Vabadussoja_Ajaloo_Komitee, lk 14
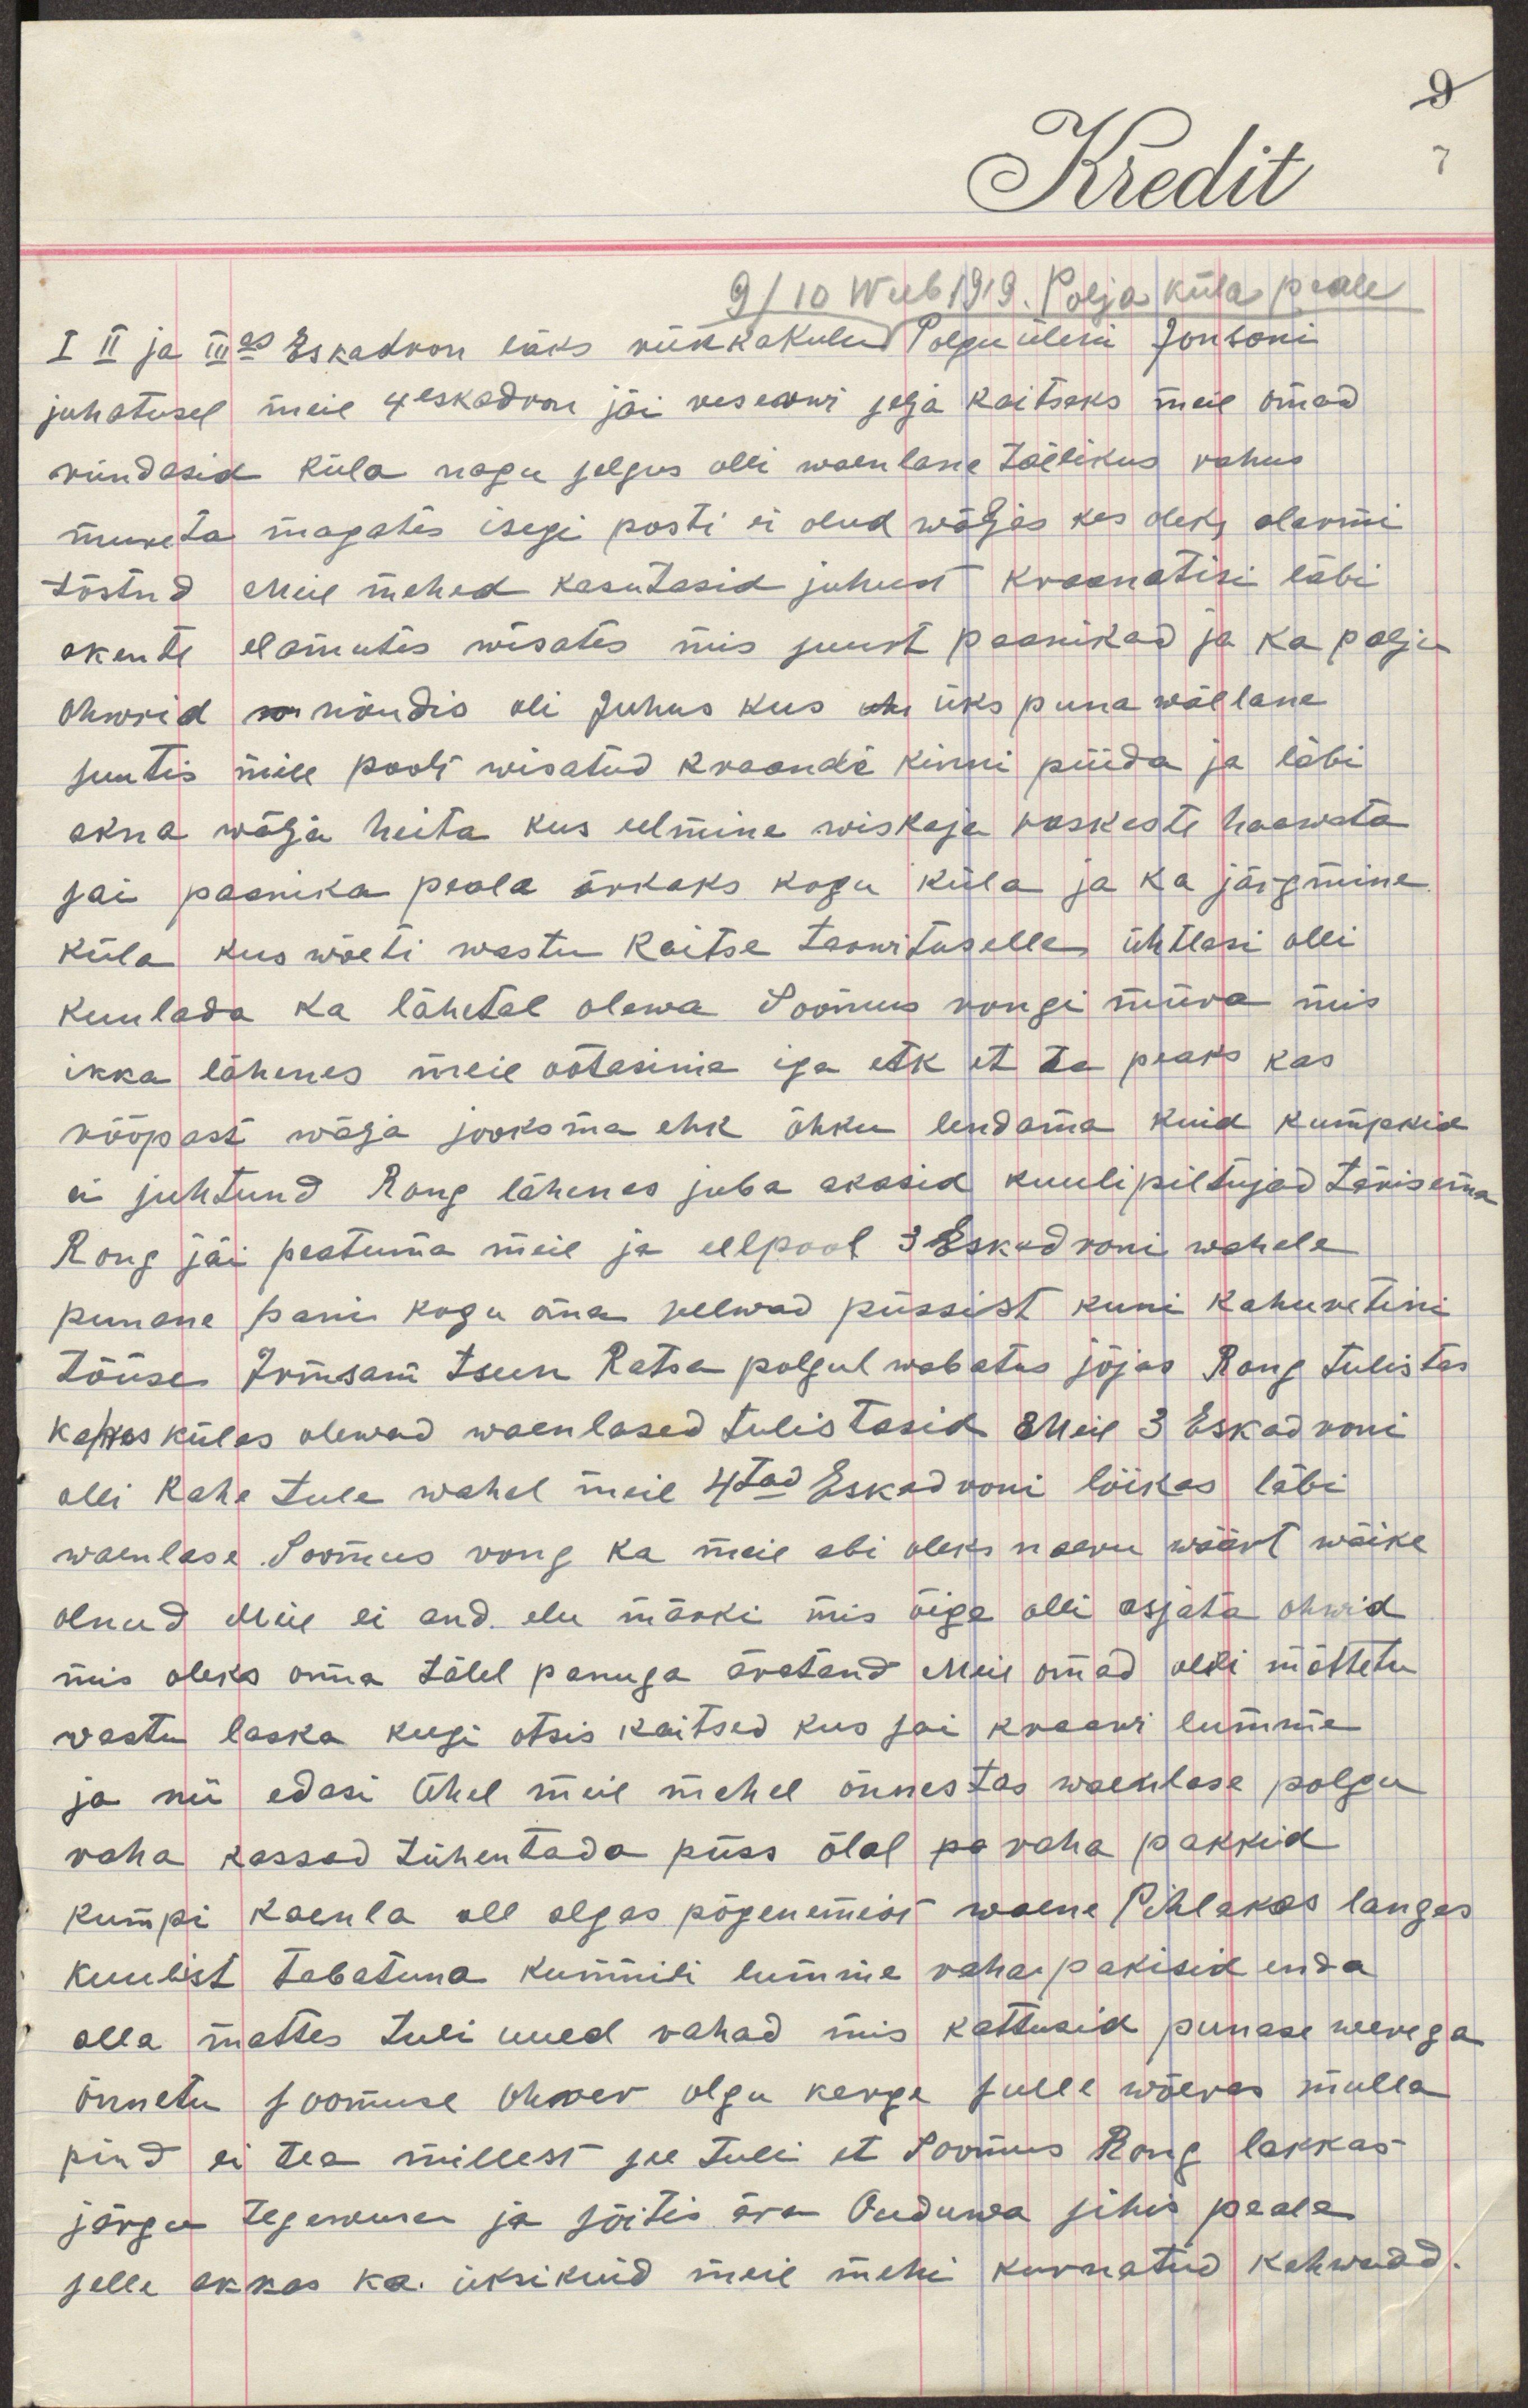
9/10 wersta Polja küla peale
I II ja IIIes Eskadron läks rünnakule Polgu ülem Jonsoni 
juhatusel meie 4 eskadroni jäi reserwi selja kaitseks meie omad    
ründasid küla nagu selgus olli waenlane tõelikus rahus  
mureta magates isegi posti ei olnd wäljas kes oleks alarmi    
tõstnd meie mehed kasutasid juhust kraanatisi läbi   
akente elamustes wisates mis suurt paanikad ja ka palju    
ohwrid w nõudis oli juhus kus üts üks punawäelane 
suutis meie poolt wisatud kraandi kinni püüda ja läbi    
akna wälja heita kus eelmine wiskaja raskesti haawata   
sai paanike peale õnneks kogu küla ja ka järgmine     
küla kus wõeti wastu kaitse tarwituselle ühtlasi olli  
kuulada ka lähedal olewa Soomus rongi müra mis  
ikka lähenes meie ootasime iga etk et ta peaks kas    
rööpast wälja jooksma ehk õhku lendama kuid kumpakid  
ei juhtund Rong lähenes juba akasid kuulipildujad tärisema
Rong jäi peatuma meie ja eelpool 3 eskadroni wahele 
punane pani kogu oma relwad püssist kuni kahuriteni 
tööse Irmsam tseen Ratsa polgul wabatus sõjas Rong tulistas   
kahes külas olewad waenlased tulistasid Meie 3 Eskadroni  
olli kahe tule wahel meie 4tad Eskadroni lõikas läbi  
waenlase Soomus rong ka meie abi oleks naeru wäärt wäike
olnud Meie ei and elu märki mis õige olli asjata ohwrid
mis oleks oma tähel panuga äratand Meie omad olli mõttetu
wastu laska keegi otsis kaitsed kus sai kraawi lumme
ja nii edasi Ühel meie mehel õnnestos waenlase polgu
raha kassad tühentada püss õlal pa raha pakkid
kumpi kaenla all algas põgenemist waene Pihlakas langes
kuulist tabatuna kummiti lumme rahapakkisid enda
alla mattes tuli uued rahad mis kattusid punase werega
õnnetu soomuse ohwer olgu kerge sulle wõeras mulla
pind ei tea millest see tuli et Soomus Rong lakkas
järgu tegewuse ja sõitis ära Oudowa sihis peale
selle akka ka üksikuid meie mehi kurnatud kehwadd